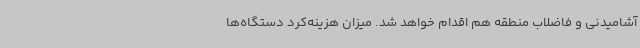
آشامیدنی و فاضلاب منطقه هم اقدام خواهد شد. میزان هزینه‌کرد دستگاه‌ها